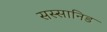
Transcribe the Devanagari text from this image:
सस्सानिड